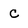
Character: C